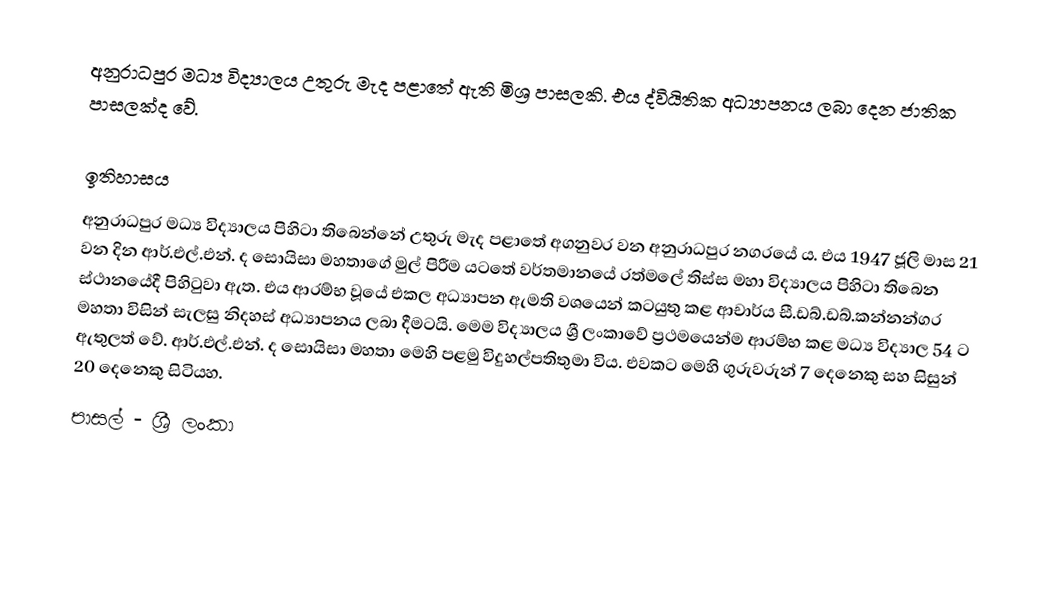
අනුරාධපුර මධ්‍ය විද්‍යාලය උතුරු මැද පළාතේ ඇති මිශ්‍ර පාසලකි. එය ද්වියිතික අධ්‍යාපනය ලබා දෙන ජාතික පාසලක්ද වේ.

ඉතිහාසය
අනුරාධපුර මධ්‍ය විද්‍යාලය පිහිටා තිබෙන්නේ උතුරු මැද පළාතේ අගනුවර වන අනුරාධපුර නගරයේ ය. එය 1947 ජූලි මාස 21 වන දින ආර්.එල්.එන්. ද සොයිසා මහතාගේ මුල් පිරීම යටතේ වර්තමානයේ රත්මලේ තිස්ස මහා විද්‍යාලය පිහිටා තිබෙන ස්ථානයේදී පිහිටුවා ඇත. එය ආරම්භ වූයේ එකල අධ්‍යාපන ඇමති වශයෙන් කටයුතු කළ ආචාර්ය සී.ඩබ්.ඩබ්.කන්නන්ගර මහතා විසින් සැලසු නිදහස් අධ්‍යාපනය ලබා දීමටයි. මෙම විද්‍යාලය ශ්‍රී ලංකාවේ ප්‍රථමයෙන්ම ආරම්භ කළ මධ්‍ය විද්‍යාල 54 ට ඇතුලත් වේ. ආර්.එල්.එන්. ද සොයිසා මහතා මෙහි පළමු විදුහල්පතිතුමා විය. එවකට මෙහි ගුරුවරුන් 7 දෙනෙකු සහ සිසුන් 20 දෙනෙකු සිටියහ.
පාසල් - ශ්‍රී ලංකා